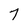
Character: 7